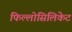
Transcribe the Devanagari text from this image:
फिल्लोसिलिकेट